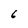
Character: 6